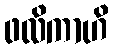
ဖလိကာဟိ